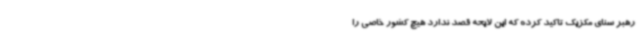
رهبر سنای مکزیک تاکید کرده که این لایحه قصد ندارد هیچ کشور خاصی را